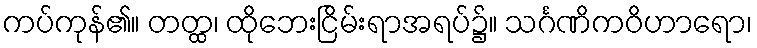
ကပ်ကုန်၏။ တတ္ထ၊ ထိုဘေးငြိမ်းရာအရပ်၌။ သင်္ဂဏိကဝိဟာရော၊